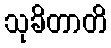
သုခိတာတိ